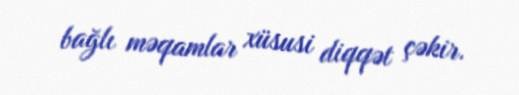
bağlı məqamlar xüsusi diqqət çəkir.